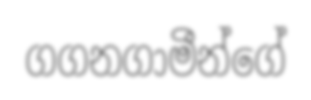
ගගනගාමීන්ගේ